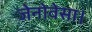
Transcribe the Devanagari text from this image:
जेनोवेसा।